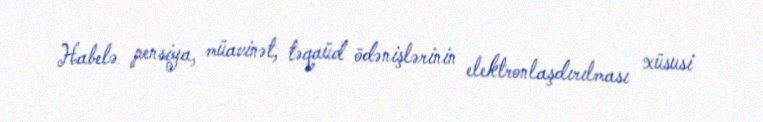
Habelə pensiya, müavinət, təqaüd ödənişlərinin elektronlaşdırılması xüsusi